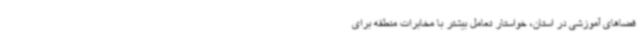
فضاهای آموزشی در استان، خواستار تعامل بیشتر با مخابرات منطقه برای